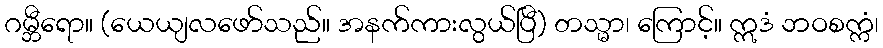
ဂမ္ဘီရော။ (ယေယျလဖော်သည်။ အနက်ကားလွယ်ပြီ) တသ္မာ၊ ကြောင့်။ ဣဒံ ဘဝစက္ကံ၊